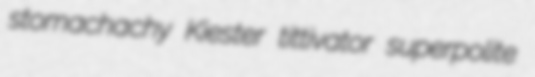
stomachachy Kiester tittivator superpolite